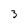
Character: 3